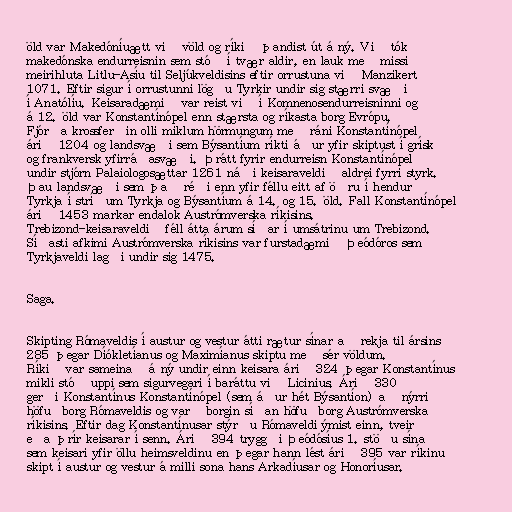
öld var Makedóníuætt við völd og ríkið þandist út á ný. Við tók
makedónska endurreisnin sem stóð í tvær aldir, en lauk með missi
meirihluta Litlu-Asíu til Seljúkveldisins eftir orrustuna við Manzikert
1071. Eftir sigur í orrustunni lögðu Tyrkir undir sig stærri svæði
í Anatólíu. Keisaradæmið var reist við í Komnenosendurreisninni og
á 12. öld var Konstantínópel enn stærsta og ríkasta borg Evrópu.
Fjórða krossferðin olli miklum hörmungum með ráni Konstantínópel
árið 1204 og landsvæði sem Býsantíum ríkti áður yfir skiptust í grísk
og frankversk yfirráðasvæði. Þrátt fyrir endurreisn Konstantínópel
undir stjórn Palaiologosættar 1261 náði keisaraveldið aldrei fyrri styrk.
Þau landsvæði sem það réði enn yfir féllu eitt af öðru í hendur
Tyrkja í stríðum Tyrkja og Býsantíum á 14. og 15. öld. Fall Konstantínópel
árið 1453 markar endalok Austrómverska ríkisins.
Trebizond-keisaraveldið féll átta árum síðar í umsátrinu um Trebizond.
Síðasti afkimi Austrómverska ríkisins var furstadæmið Þeódóros sem
Tyrkjaveldi lagði undir sig 1475.

Saga.

Skipting Rómaveldis í austur og vestur átti rætur sínar að rekja til ársins
285 þegar Díókletíanus og Maximíanus skiptu með sér völdum.
Ríkið var sameinað á ný undir einn keisara árið 324 þegar Konstantínus
mikli stóð uppi sem sigurvegari í baráttu við Licinius. Árið 330
gerði Konstantínus Konstantínópel (sem áður hét Býsantíon) að nýrri
höfuðborg Rómaveldis og varð borgin síðan höfuðborg Austrómverska
ríkisins. Eftir dag Konstantínusar stýrðu Rómaveldi ýmist einn, tveir
eða þrír keisarar í senn. Árið 394 tryggði Þeódósíus 1. stöðu sína
sem keisari yfir öllu heimsveldinu en þegar hann lést árið 395 var ríkinu
skipt í austur og vestur á milli sona hans Arkadíusar og Honoríusar.